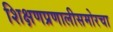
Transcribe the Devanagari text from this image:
शिक्षणप्रणालीसमोरचा